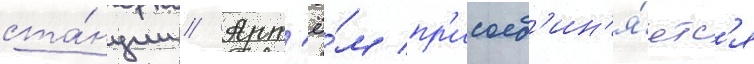
ста́нции // Арт'ё́м пр'исоед'ин'я́етс'я